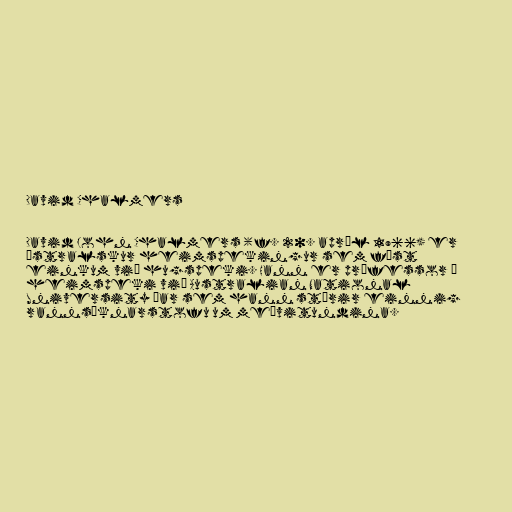
David Chalmers

David John Chalmers (f. 20. apríl 1966) er
ástralskur heimspekingur sem fæst
einkum við hugspeki. Hann er prófessor í
heimspeki við Australian National
University þar sem hann stýrir einnig
rannsóknarstofu um meðvitundina.